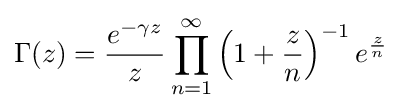
\Gamma (z)={\frac {e^{-\gamma z}}{z}}\prod _{n=1}^{\infty }\left(1+{\frac {z}{n}}\right)^{-1}e^{\frac {z}{n}}